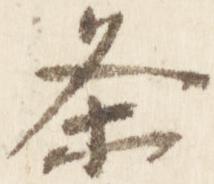
条